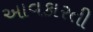
આવકારતી